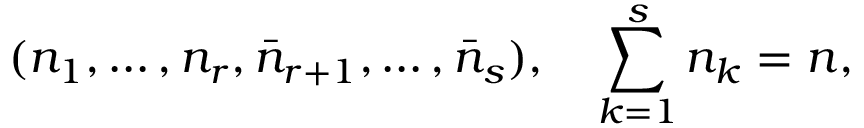
( n _ { 1 } , \ldots , n _ { r } , \bar { n } _ { r + 1 } , \ldots , \bar { n } _ { s } ) , \quad \sum _ { k = 1 } ^ { s } n _ { k } = n ,